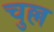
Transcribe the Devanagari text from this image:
चुल्ल